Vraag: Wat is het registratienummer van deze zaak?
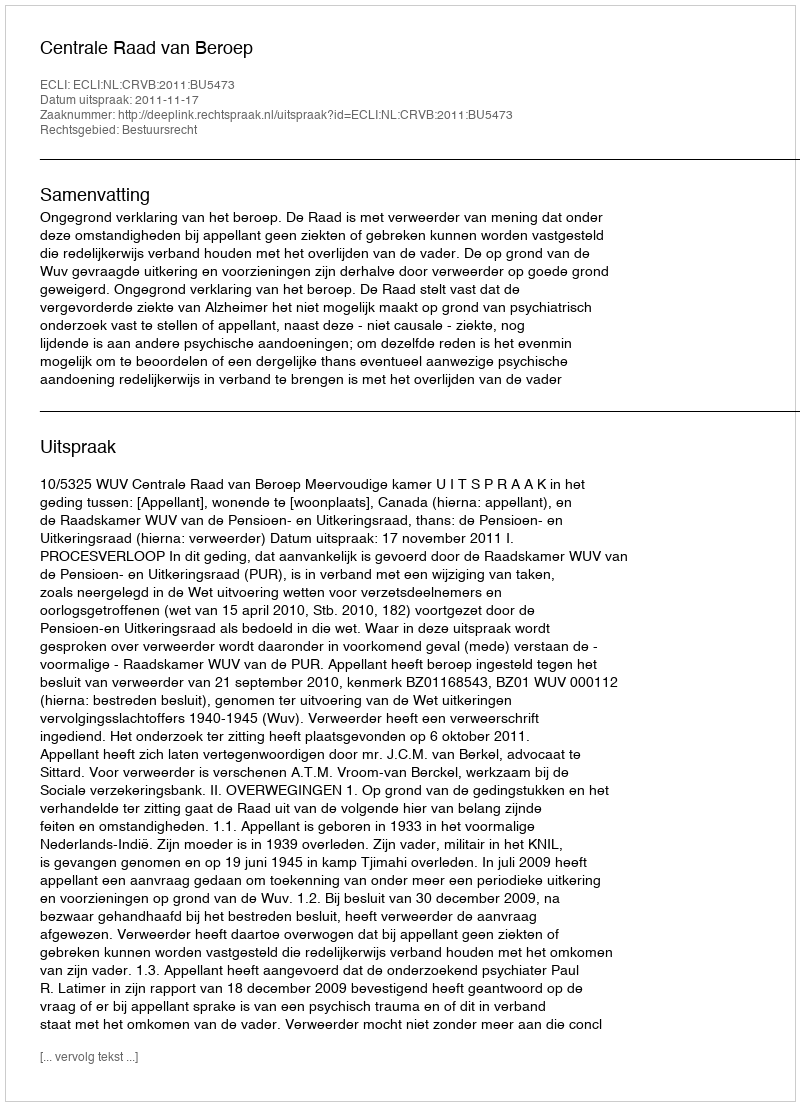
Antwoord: http://deeplink.rechtspraak.nl/uitspraak?id=ECLI:NL:CRVB:2011:BU5473